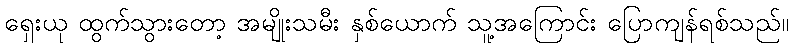
ရှေးယု ထွက်သွားတော့ အမျိုးသမီး နှစ်ယောက် သူ့အကြောင်း ပြောကျန်ရစ်သည်။